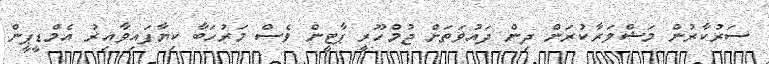
ސަރުކާރުން މަޝްވަރާކުރަން ދިން ދައުވަތަށް ޖުމްހޫރީ ޕާޓީން ވެސް މަރުހަބާ ކިޔާފައިވާއިރު އެމްޑީޕީން